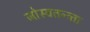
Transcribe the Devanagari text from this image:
जोस्वतन्त्र्ता